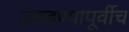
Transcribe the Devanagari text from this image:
उघडण्यापूर्वीच